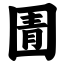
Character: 圊